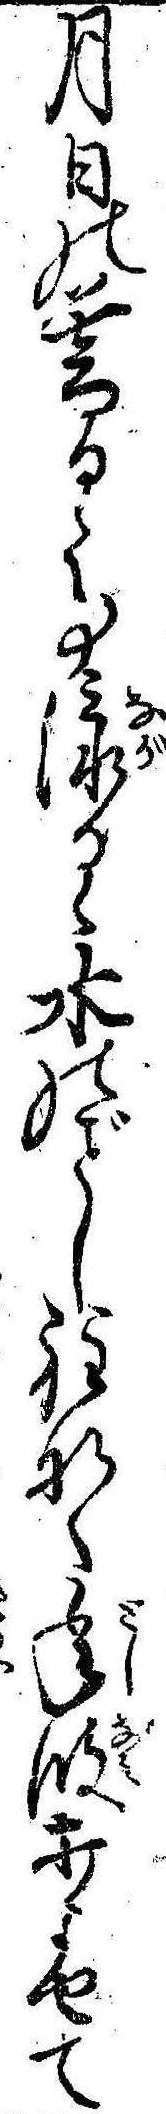
月日の暮るゝ事流るゝ水のし程なく年波打よせて